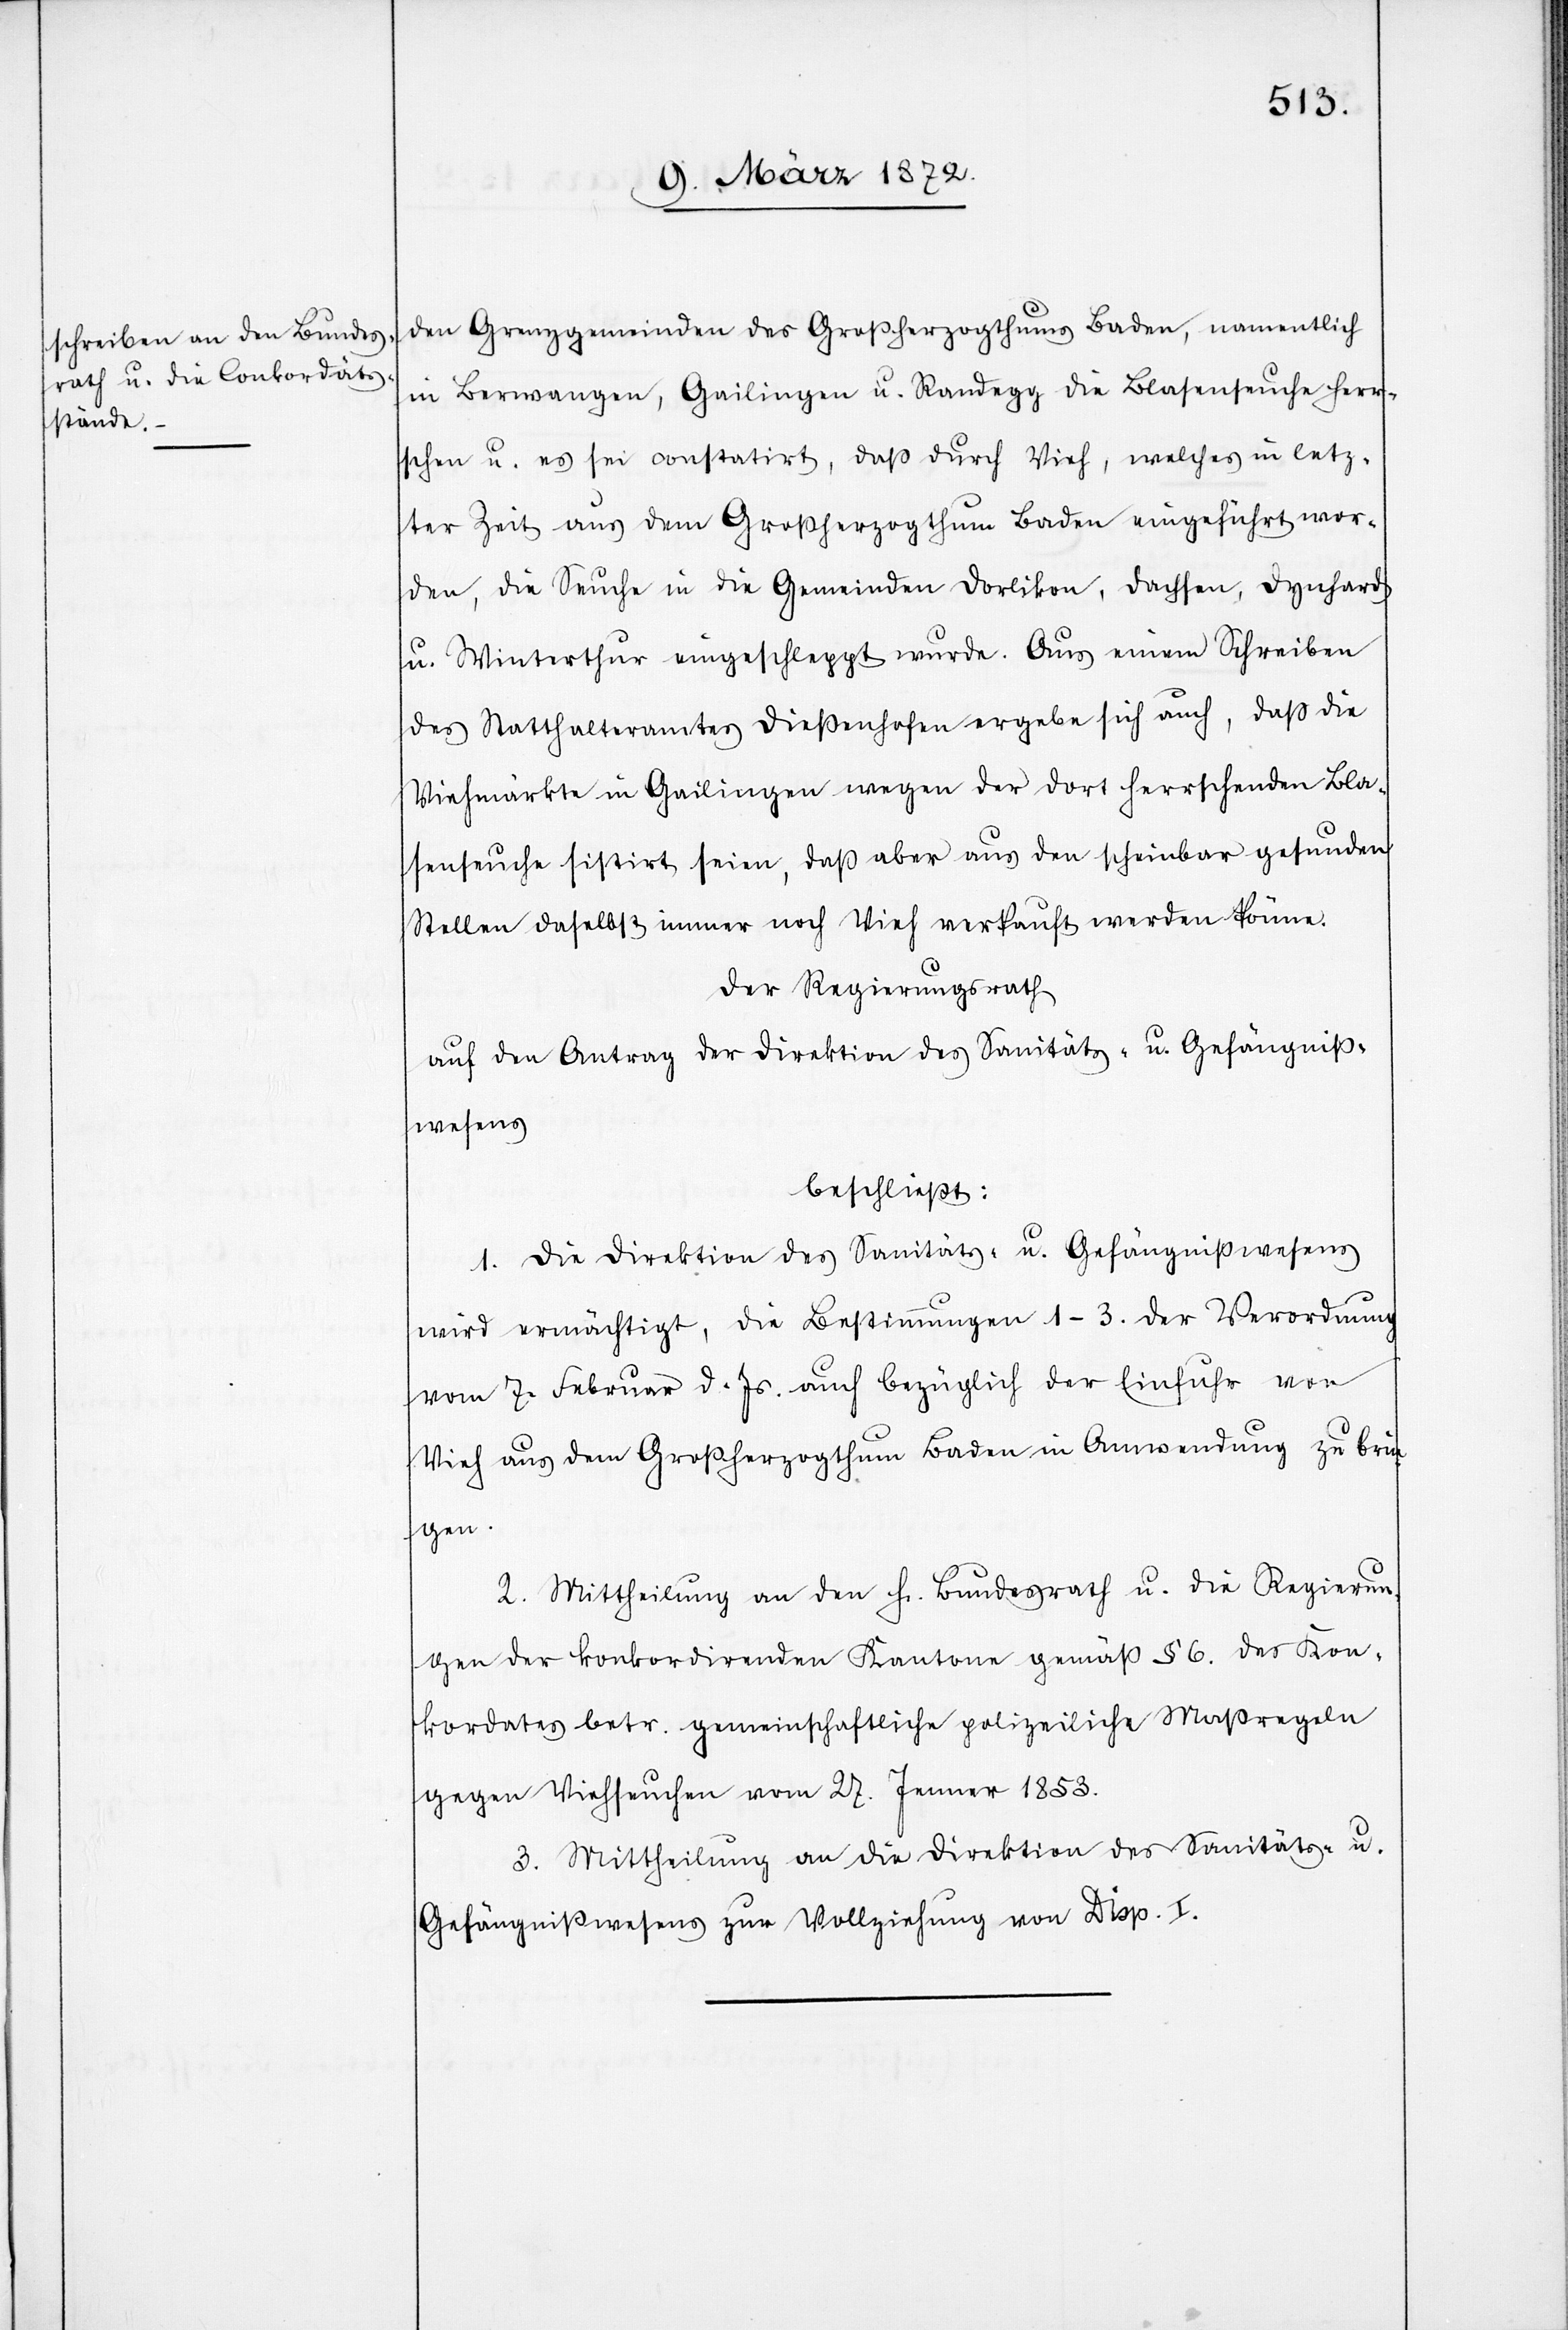
den Grenzgemeinden des Großherzogthums Baden, namentlich
in Berwangen, Gailingen u. Randegg die Blasenseuche herr¬
schen u. es sei constatirt, daß durch Vieh, welches in letz¬
ter Zeit aus dem Großherzogthum Baden eingeführt wor¬
den, die Seuche in die Gemeinden Dorlikon, Dachsen, Dynhard
u. Winterthur eingeschleppt wurde. Aus einem Schreiben
des Statthalteramtes Dießenhofen ergebe sich auch, daß die
Viehmärkte in Gailingen wegen der dort herrschenden Bla¬
senseuche sistirt seien, daß aber aus den scheinbar gesunden
Stellen daselbst immer noch Vieh verkauft werden könne.
Der Regierungsrath
auf den Antrag der Direktion des Sanitäts- u. Gefängniß¬
wesens
beschließt:
1. Die Direktion des Sanitäts- u. Gefängnißwesens
wird ermächtigt, die Bestimmungen 1–3. der Verordnung
vom 7. Februar d. Js. auch bezüglich der Einfuhr von
Vieh aus dem Großherzogthum Baden in Anwendung zu brin¬
gen.
2. Mittheilung an den h. Bundesrath u. die Regierun¬
gen der konkordirenden Kantone gemäß § 6. des Kon¬
kordates betr. gemeinschaftliche polizeiliche Maßregeln
gegen Viehseuchen vom 27. Jenner 1853.
3. Mittheilung an die Direktion des Sanitäts- u.
Gefängnißwesens zur Vollziehung von Disp. I.